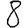
Digit: 8